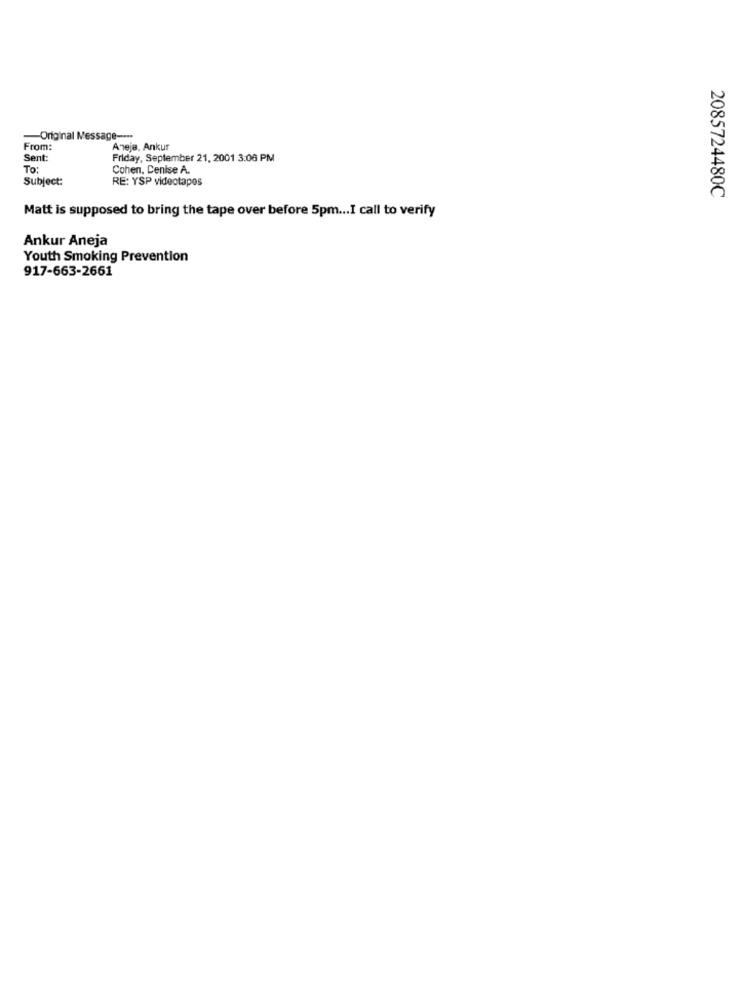
-Original Message ----
From:
Aneja, Ankur
Sent:
Friday, September 21, 2001 3:06 PM
To:
Cohen, Denise A.
Subject:
RE: YSP videotapes
2085724480C
Matt is supposed to bring the tape over before 5pm ... I call to verify
Ankur Aneja
Youth Smoking Prevention
917-663-2661